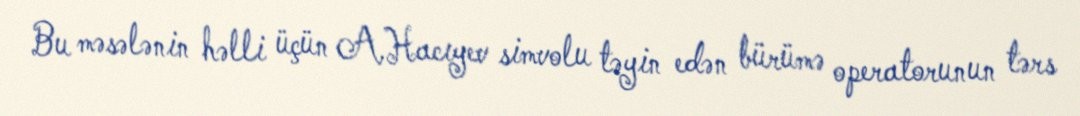
Bu məsələnin həlli üçün A.Hacıyev simvolu təyin edən bürümə operatorunun tərs